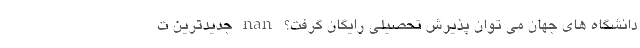
دانشگاه های جهان می توان پذیرش تحصیلی رایگان گرفت؟ nan جدیدترین ت